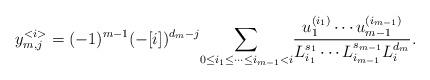
LaTeX: \begin{align*} y_{m,j}^{<i>}=(-1)^{m-1}(-[i])^{d_m-j}\underset{0\leq i_1\leq\cdots\leq i_{m-1}<i}{\sum}\frac{u_1^{(i_1)}\cdots u_{m-1}^{(i_{m-1})}}{L_{i_1}^{s_1}\cdots L_{i_{m-1}}^{s_{m-1}}L_i^{d_m}}. \end{align*}